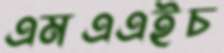
এমএএইচ